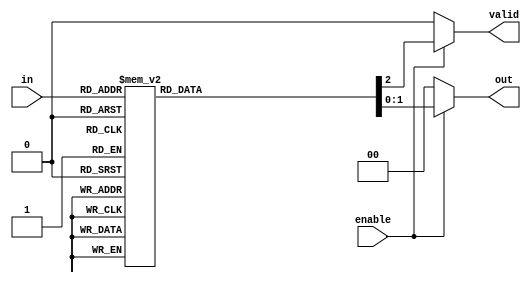
module multilevel_encoder (
    input [3:0] in,   // 4 input lines
    input enable,     // Enable signal
    output reg [1:0] out, // 2 output lines
    output reg valid  // Valid output signal
);

// Priority encoding logic
always @(*) begin
    if (!enable) begin
        out = 2'b00; // Output when not enabled
        valid = 1'b0; // Not valid
    end else begin
        // Default values
        out = 2'b00;
        valid = 1'b1; // Assume valid initially

        // Check from highest to lowest input
        case (in)
            4'b0000: begin
                out = 2'b00; // Invalid state
                valid = 1'b0; // Not valid
            end
            4'b0001: out = 2'b00; // Input 0
            4'b0010: out = 2'b01; // Input 1
            4'b0100: out = 2'b10; // Input 2
            4'b1000: out = 2'b11; // Input 3
            4'b0011: out = 2'b01; // Input 1 (1<2, so output is 1)
            4'b0101: out = 2'b10; // Input 2 (2>1, so output is 2)
            4'b0110: out = 2'b10; // Input 2 (2>1, so output is 2)
            4'b1001: out = 2'b11; // Input 3 (3>0, so output is 3)
            4'b1010: out = 2'b11; // Input 3 (3>1, so output is 3)
            4'b1100: out = 2'b11; // Input 3 (3>2, so output is 3)
            4'b0111: out = 2'b11; // Input 3 (3>0, so output is 3)
            4'b1110: out = 2'b11; // Input 3 (3>1, so output is 3)
            4'b1101: out = 2'b11; // Input 3 (3>2, so output is 3)
            default: begin
                out = 2'b00; // Default output
                valid = 1'b0; // Not valid
            end
        endcase
    end
end

endmodule